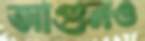
আগুনও